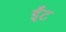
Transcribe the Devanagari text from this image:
र्इंट